65_HS1-834228961_62-HQ-83894_Section_1
Agency: FBI
Page 25
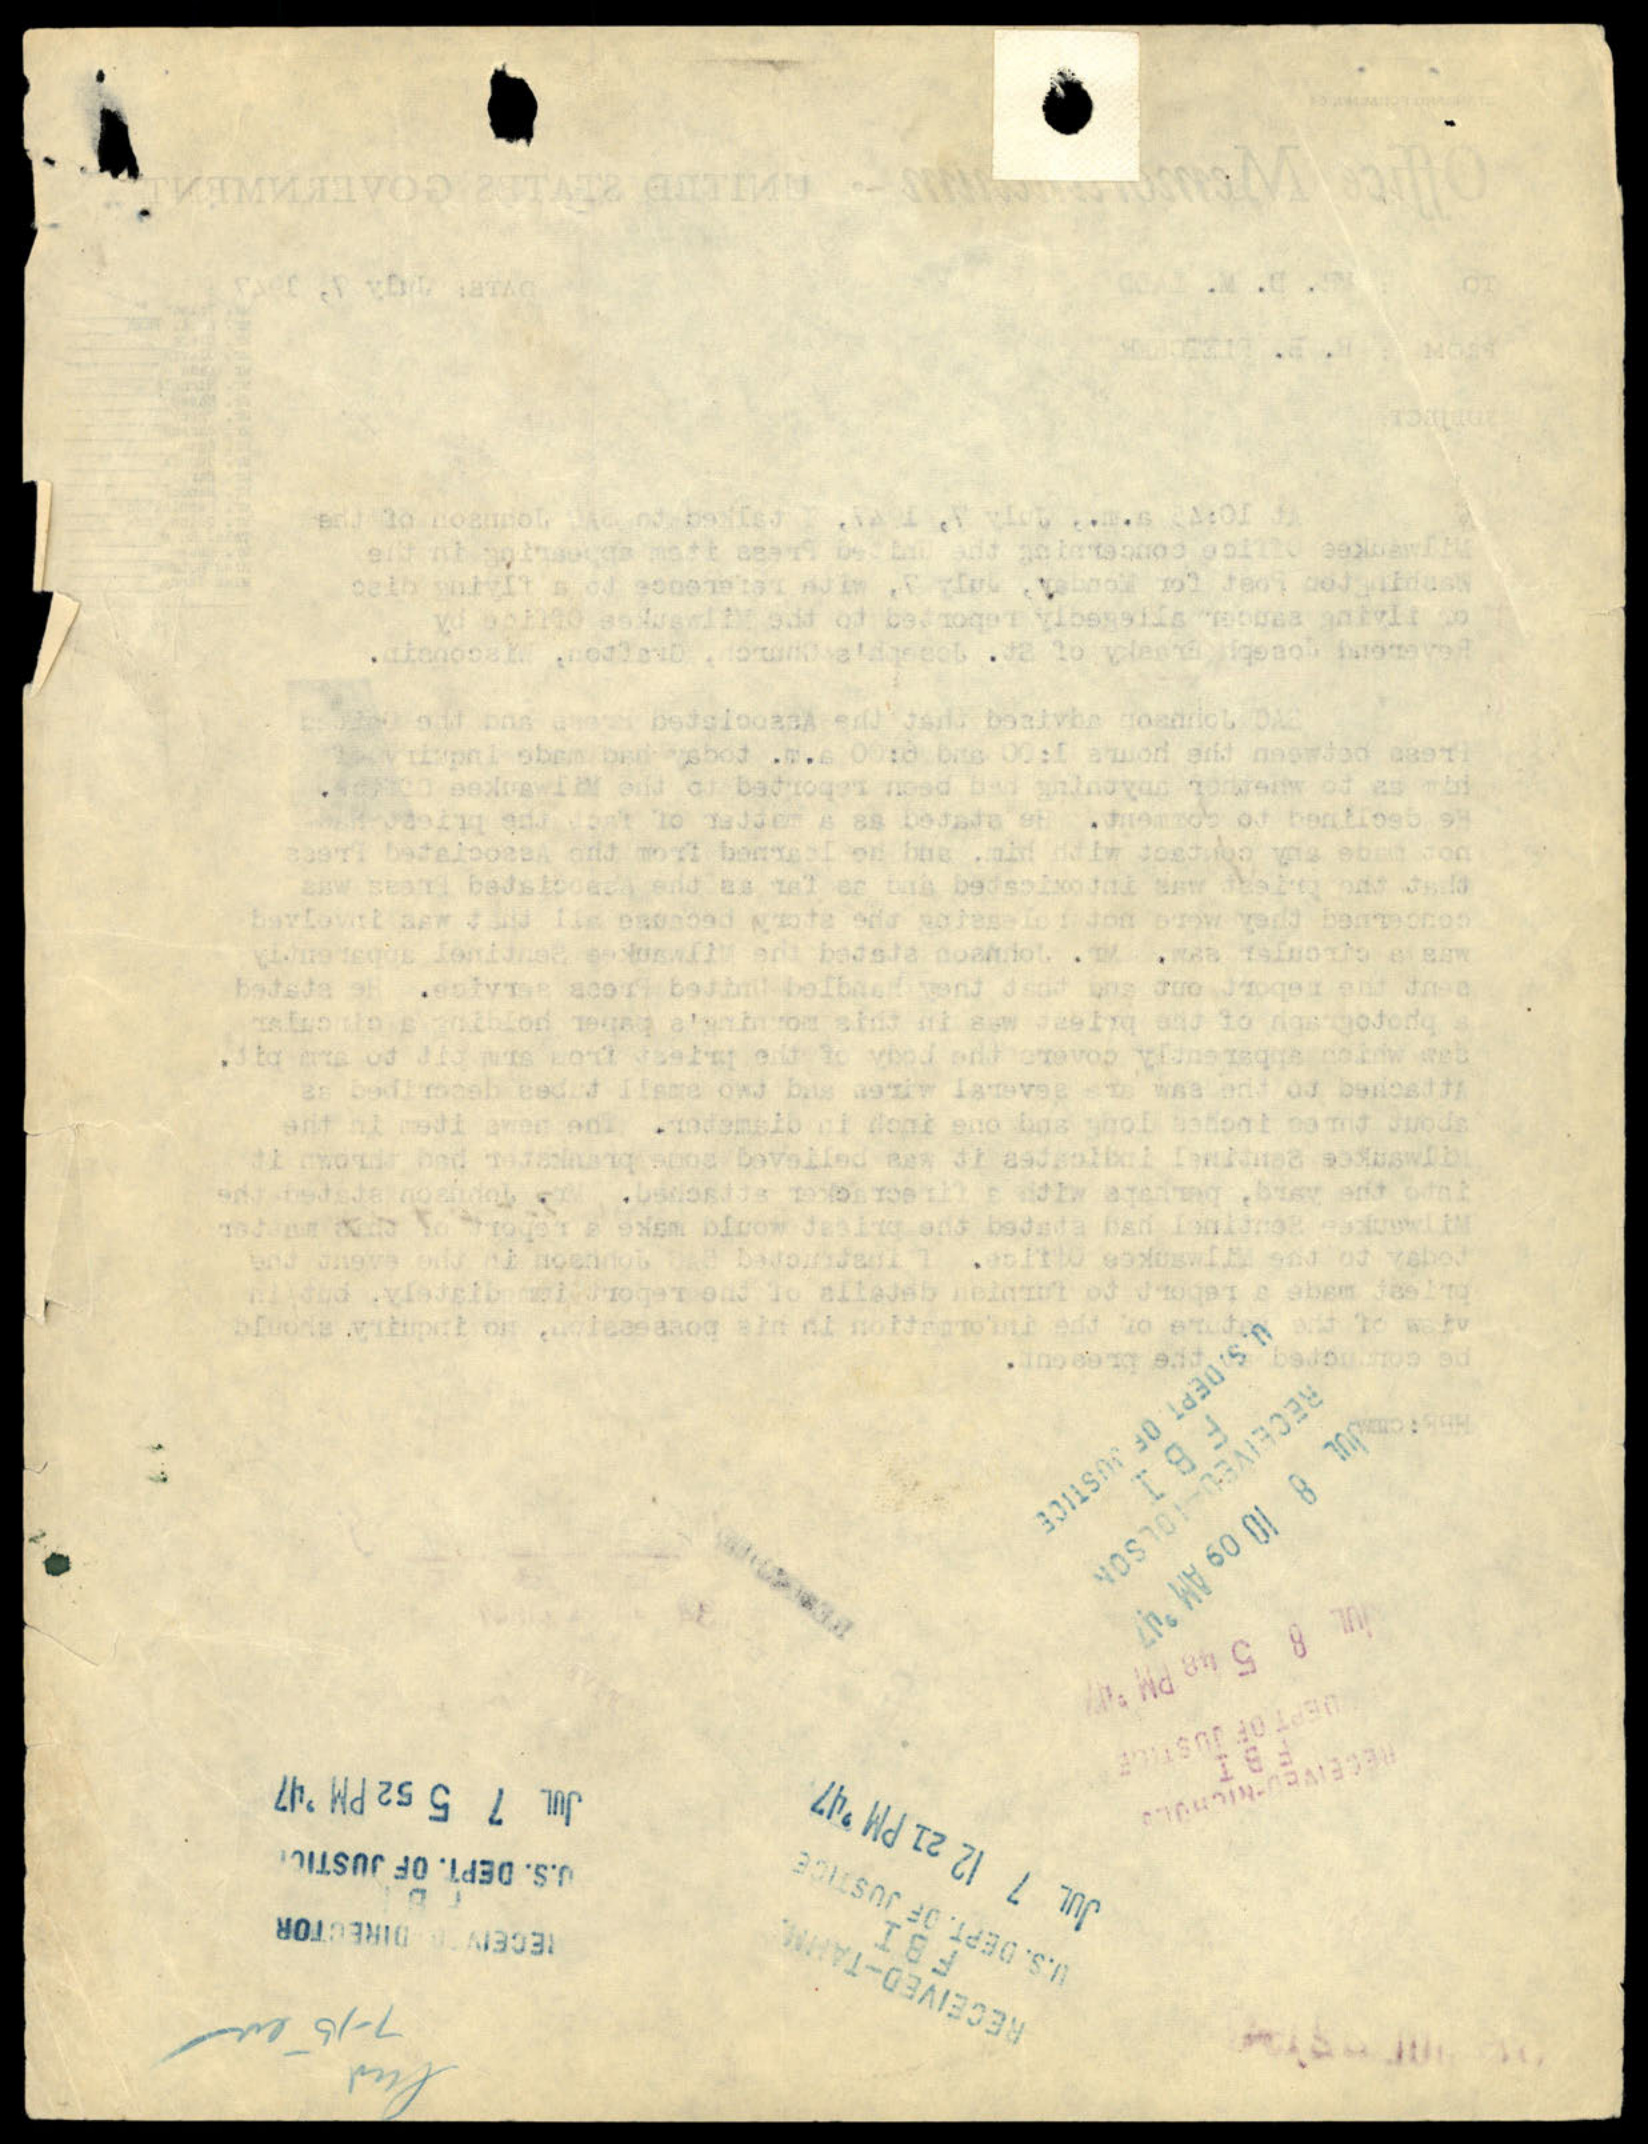